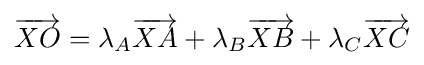
{\overrightarrow {XO}}=\lambda _{A}{\overrightarrow {XA}}+\lambda _{B}{\overrightarrow {XB}}+\lambda _{C}{\overrightarrow {XC}}